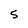
Character: 5